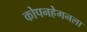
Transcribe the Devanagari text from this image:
कोपनहेगनला